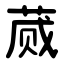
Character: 蒇